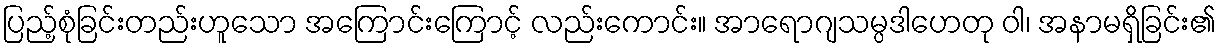
ပြည့်စုံခြင်းတည်းဟူသော အကြောင်းကြောင့် လည်းကောင်း။ အာရောဂျသမ္ပဒါဟေတု ဝါ၊ အနာမရှိခြင်း၏